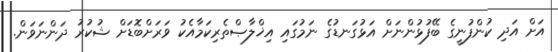
އަށް އަދި ކުންފުނީގެ ބޭފުޅުންނަށް އަޅުގަނޑުގެ ނަމުގައި އިޚްލާޞްތެރިކަމާއެކު ވަރަށްބޮޑަށް ޝުކުރު ދަންނަވަން.